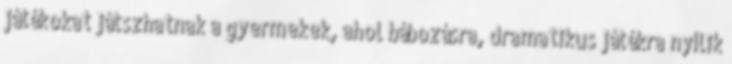
játékokat játszhatnak a gyermekek, ahol bábozásra, dramatikus játékra nyílik